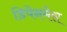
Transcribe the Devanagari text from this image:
डिपेनमेस